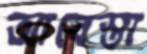
আবেস্তা